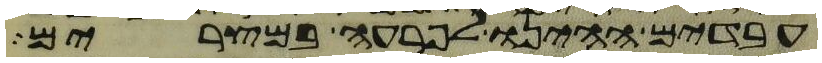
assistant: עבדים היינו לפרעה במצרים